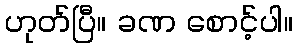
ဟုတ်ပြီ။ ခဏ စောင့်ပါ။